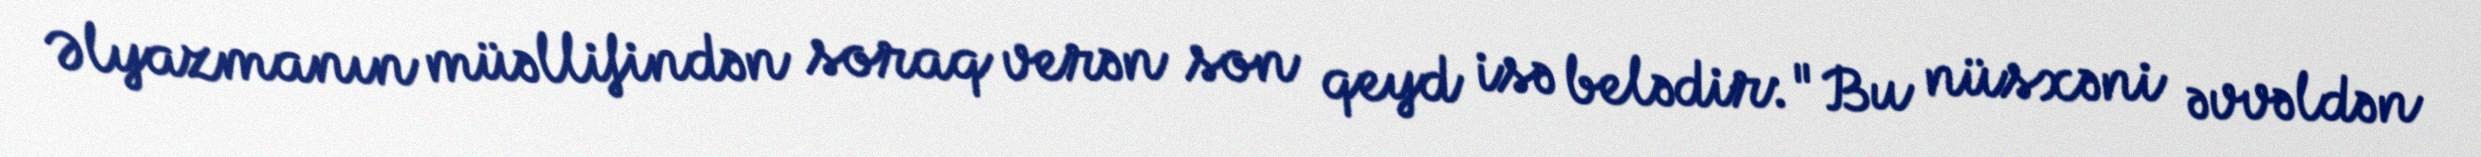
Əlyazmanın müəllifindən soraq verən son qeyd isə belədir: "Bu nüsxəni əvvəldən